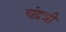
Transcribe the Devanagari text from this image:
चंद्रत्री